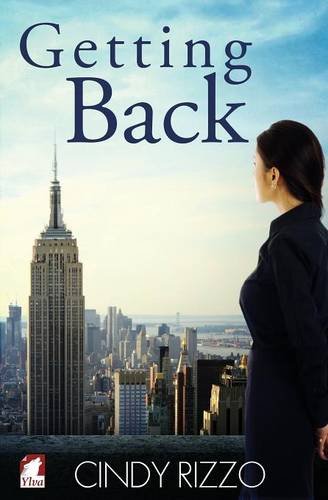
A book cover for Getting Back; Cindy Rizzo; Romance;